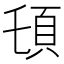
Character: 𩑒